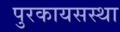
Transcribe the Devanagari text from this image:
पुरकायसस्था